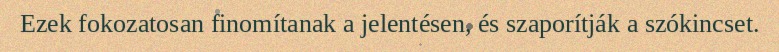
Ezek fokozatosan finomítanak a jelentésen, és szaporítják a szókincset.